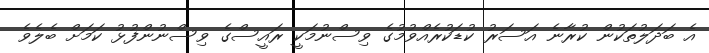
އެ ބަދަލުތަކުން ކުރާނެ އަސަރު ކުޑަކުރެއްވުމުގެ ވިސްނުމަކީ ރައީސްގެ ވިސްނުންފުޅު ކަމަށް ބެލެވެ